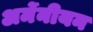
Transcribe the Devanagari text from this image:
अर्मेनीयन